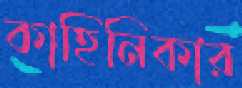
কাহিনিকার